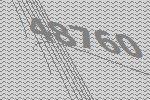
48760